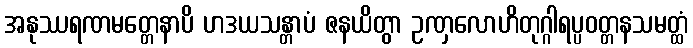
အနုဿရဏမတ္တေနာပိ ဟဒယသန္တာပံ ဇနယိတွာ ဥဏှလောဟိတုဂ္ဂါရပ္ပဝတ္တနသမတ္ထံ